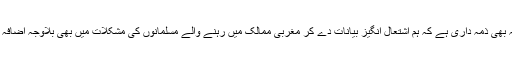
ہماری یہ بھی ذمہ داری ہے کہ ہم اشتعال انگیز بیانات دے کر مغربی ممالک میں رہنے والے مسلمانوں کی مشکلات میں بھی بلاوجہ اضافہ نہ کریں۔